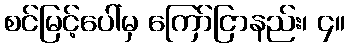
စင်မြင့်ပေါ်မှ ကြော်ငြာနည်း၊ ၄။